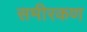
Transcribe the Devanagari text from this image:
समीरकण